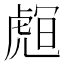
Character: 𧇅